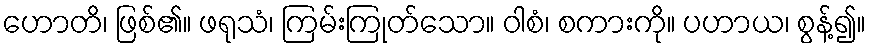
ဟောတိ၊ ဖြစ်၏။ ဖရုသံ၊ ကြမ်းကြုတ်သော။ ဝါစံ၊ စကားကို။ ပဟာယ၊ စွန့်၍။